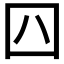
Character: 𡆦